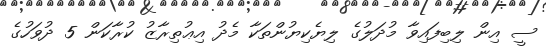
ސީ އިން ލިބިފައިވާ މުދަލުގެ ލިޔެކިޔުންތަކާ މެދު އިޢުތިރާޒު ކުރާކަން 5 ދުވަހުގެ